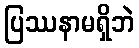
ပြဿနာမရှိဘဲ